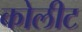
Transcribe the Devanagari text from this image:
कोलीट